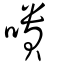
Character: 嘳